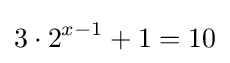
3\cdot 2^{x-1}+1=10